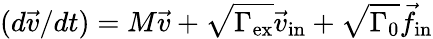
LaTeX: (d\vec{v}/dt)=M\vec{v}+\sqrt{\Gamma_{\mathrm{ex}}}\vec{v}_{\mathrm{in}}+\sqrt{\Gamma_{0}}\vec{f}_{\mathrm{in}}